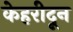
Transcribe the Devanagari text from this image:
केहरीदून